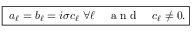
\begin{array} { r } { \boxed { \; a _ { \ell } = b _ { \ell } = i \sigma c _ { \ell } \; \forall \ell \quad \mathrm { ~ a ~ n ~ d ~ } \quad c _ { \ell } \neq 0 . } } \end{array}